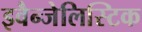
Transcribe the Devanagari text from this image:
इवैन्जेलिस्टिक